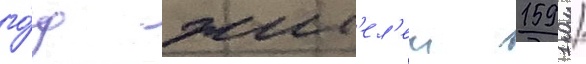
го́д жит'ел'еи 1591 /